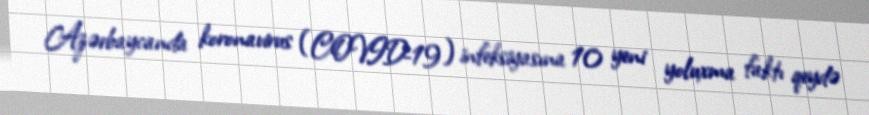
Azərbaycanda koronavirus (COVID-19) infeksiyasına 10 yeni yoluxma faktı qeydə